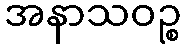
အနာသဝဉ္စ